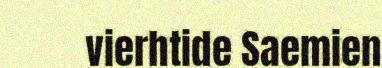
vierhtide Saemien